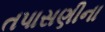
તપાસણીના